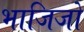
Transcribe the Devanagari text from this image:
भाजिजो